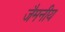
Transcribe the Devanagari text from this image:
जैमनीय